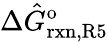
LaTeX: \Delta\hat{G}_{\mathrm{rxn,R5}}^{\mathrm{o}}